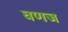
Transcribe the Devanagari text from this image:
वणज